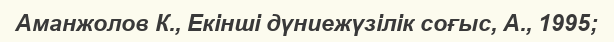
Аманжолов К., Екінші дүниежүзілік соғыс, А., 1995;